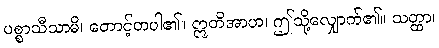
ပစ္စာသီသာမိ၊ တောင့်တပါ၏။ ဣတိအာဟ၊ ဤသို့လျှောက်၏။ သတ္ထာ၊